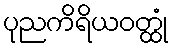
ပုညကိရိယဝတ္ထုံ